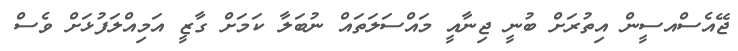
ޖޭއެސްއސީން އިތުރަށް ބުނީ ޖިނާއީ މައްސަލަތައް ނުބަލާ ކަމަށް ގާޒީ އަމިއްލަފުޅަށް ވެސް